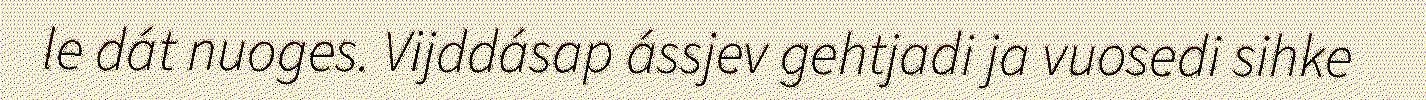
le dát nuoges. Vijddásap ássjev gehtjadi ja vuosedi sihke